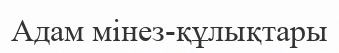
Адам мінез-құлықтары